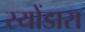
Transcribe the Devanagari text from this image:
स्योंडारा